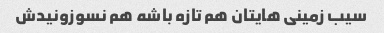
سیب زمینی هایتان هم تازه باشه هم نسوزونیدش